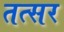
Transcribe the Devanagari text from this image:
तत्सर